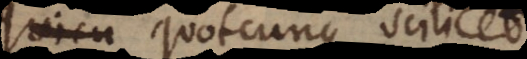
L; quotcunque scilicet